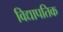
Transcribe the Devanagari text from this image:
विद्यापतिक